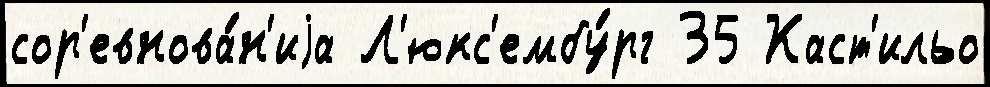
сор'евнова́н'иjа Л'юкс'ембу́рг 35 Каст'ильо